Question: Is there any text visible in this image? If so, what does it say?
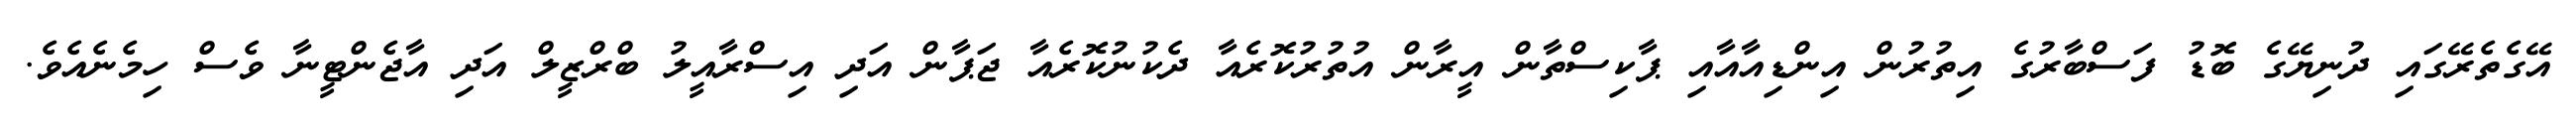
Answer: އޭގެތެރޭގައި ދުނިޔޭގެ ބޮޑު ފަސްބާރުގެ އިތުރުން އިންޑިއާއާއި ޕާކިސްތާން އީރާން އުތުރުކޮރެއާ ދެކުނުކޮރެއާ ޖަޕާން އަދި އިސްރާއީލު ބްރްޒީލް އަދި އާޖެންޓީނާ ވެސް ހިމެނެއެވެ.